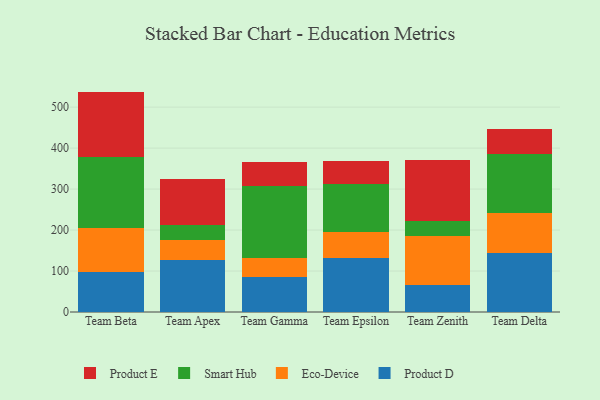
{"axis": {"x": "Team", "y": "Operating Costs (USD K)"}, "legend": ["Eco-Device", "Product D", "Product E", "Smart Hub"], "data": [{"x": "Team Beta", "y": 98.2, "type": "Product D"}, {"x": "Team Beta", "y": 106.7, "type": "Eco-Device"}, {"x": "Team Beta", "y": 173.8, "type": "Smart Hub"}, {"x": "Team Beta", "y": 159.2, "type": "Product E"}, {"x": "Team Apex", "y": 125.9, "type": "Product D"}, {"x": "Team Apex", "y": 50.9, "type": "Eco-Device"}, {"x": "Team Apex", "y": 35.8, "type": "Smart Hub"}, {"x": "Team Apex", "y": 113.2, "type": "Product E"}, {"x": "Team Gamma", "y": 86.6, "type": "Product D"}, {"x": "Team Gamma", "y": 45.0, "type": "Eco-Device"}, {"x": "Team Gamma", "y": 176.9, "type": "Smart Hub"}, {"x": "Team Gamma", "y": 57.1, "type": "Product E"}, {"x": "Team Epsilon", "y": 130.9, "type": "Product D"}, {"x": "Team Epsilon", "y": 63.5, "type": "Eco-Device"}, {"x": "Team Epsilon", "y": 118.2, "type": "Smart Hub"}, {"x": "Team Epsilon", "y": 54.9, "type": "Product E"}, {"x": "Team Zenith", "y": 66.4, "type": "Product D"}, {"x": "Team Zenith", "y": 119.5, "type": "Eco-Device"}, {"x": "Team Zenith", "y": 36.4, "type": "Smart Hub"}, {"x": "Team Zenith", "y": 149.8, "type": "Product E"}, {"x": "Team Delta", "y": 144.3, "type": "Product D"}, {"x": "Team Delta", "y": 98.5, "type": "Eco-Device"}, {"x": "Team Delta", "y": 142.9, "type": "Smart Hub"}, {"x": "Team Delta", "y": 60.3, "type": "Product E"}]}